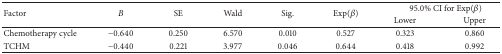
<table><thead><tr><td rowspan="2"><b>Factor</b></td><td rowspan="2"><b><i>B</i></b></td><td rowspan="2"><b>SE</b></td><td rowspan="2"><b>Wald</b></td><td rowspan="2"><b>Sig.</b></td><td rowspan="2"><b>Exp(<i>β</i>)</b></td><td colspan="2"><b>95.0% CI for Exp(<i>β</i>)</b></td></tr><tr><td><b>Lower</b></td><td><b>Upper</b></td></tr></thead><tbody><tr><td>Chemotherapy cycle</td><td>−0.640</td><td>0.250</td><td>6.570</td><td>0.010</td><td>0.527</td><td>0.323</td><td>0.860</td></tr><tr><td>TCHM</td><td>−0.440</td><td>0.221</td><td>3.977</td><td>0.046</td><td>0.644</td><td>0.418</td><td>0.992</td></tr></tbody></table>